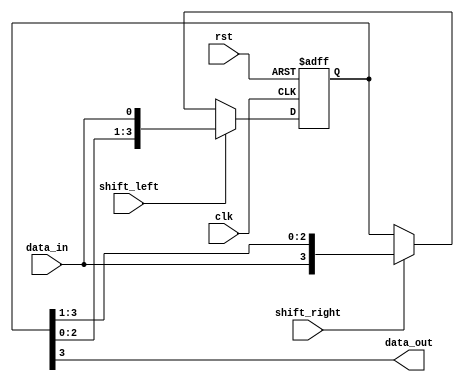
module shift_register(
  input wire clk,
  input wire rst,
  input wire shift_left,
  input wire shift_right,
  input wire data_in,
  output reg data_out
);

  reg [3:0] reg_data;

  always @(posedge clk or posedge rst) begin
    if (rst) begin
      reg_data <= 4'b0000;
    end else begin
      if (shift_left) begin
        reg_data <= {reg_data[2:0], data_in};
      end else if (shift_right) begin
        reg_data <= {data_in, reg_data[3:1]};
      end
    end
  end

  assign data_out = reg_data[3];

endmodule